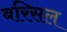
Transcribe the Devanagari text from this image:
बरिसल